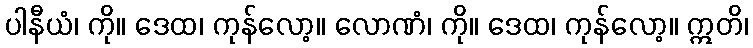
ပါနီယံ၊ ကို။ ဒေထ၊ ကုန်လော့။ လောဏံ၊ ကို။ ဒေထ၊ ကုန်လော့။ ဣတိ၊